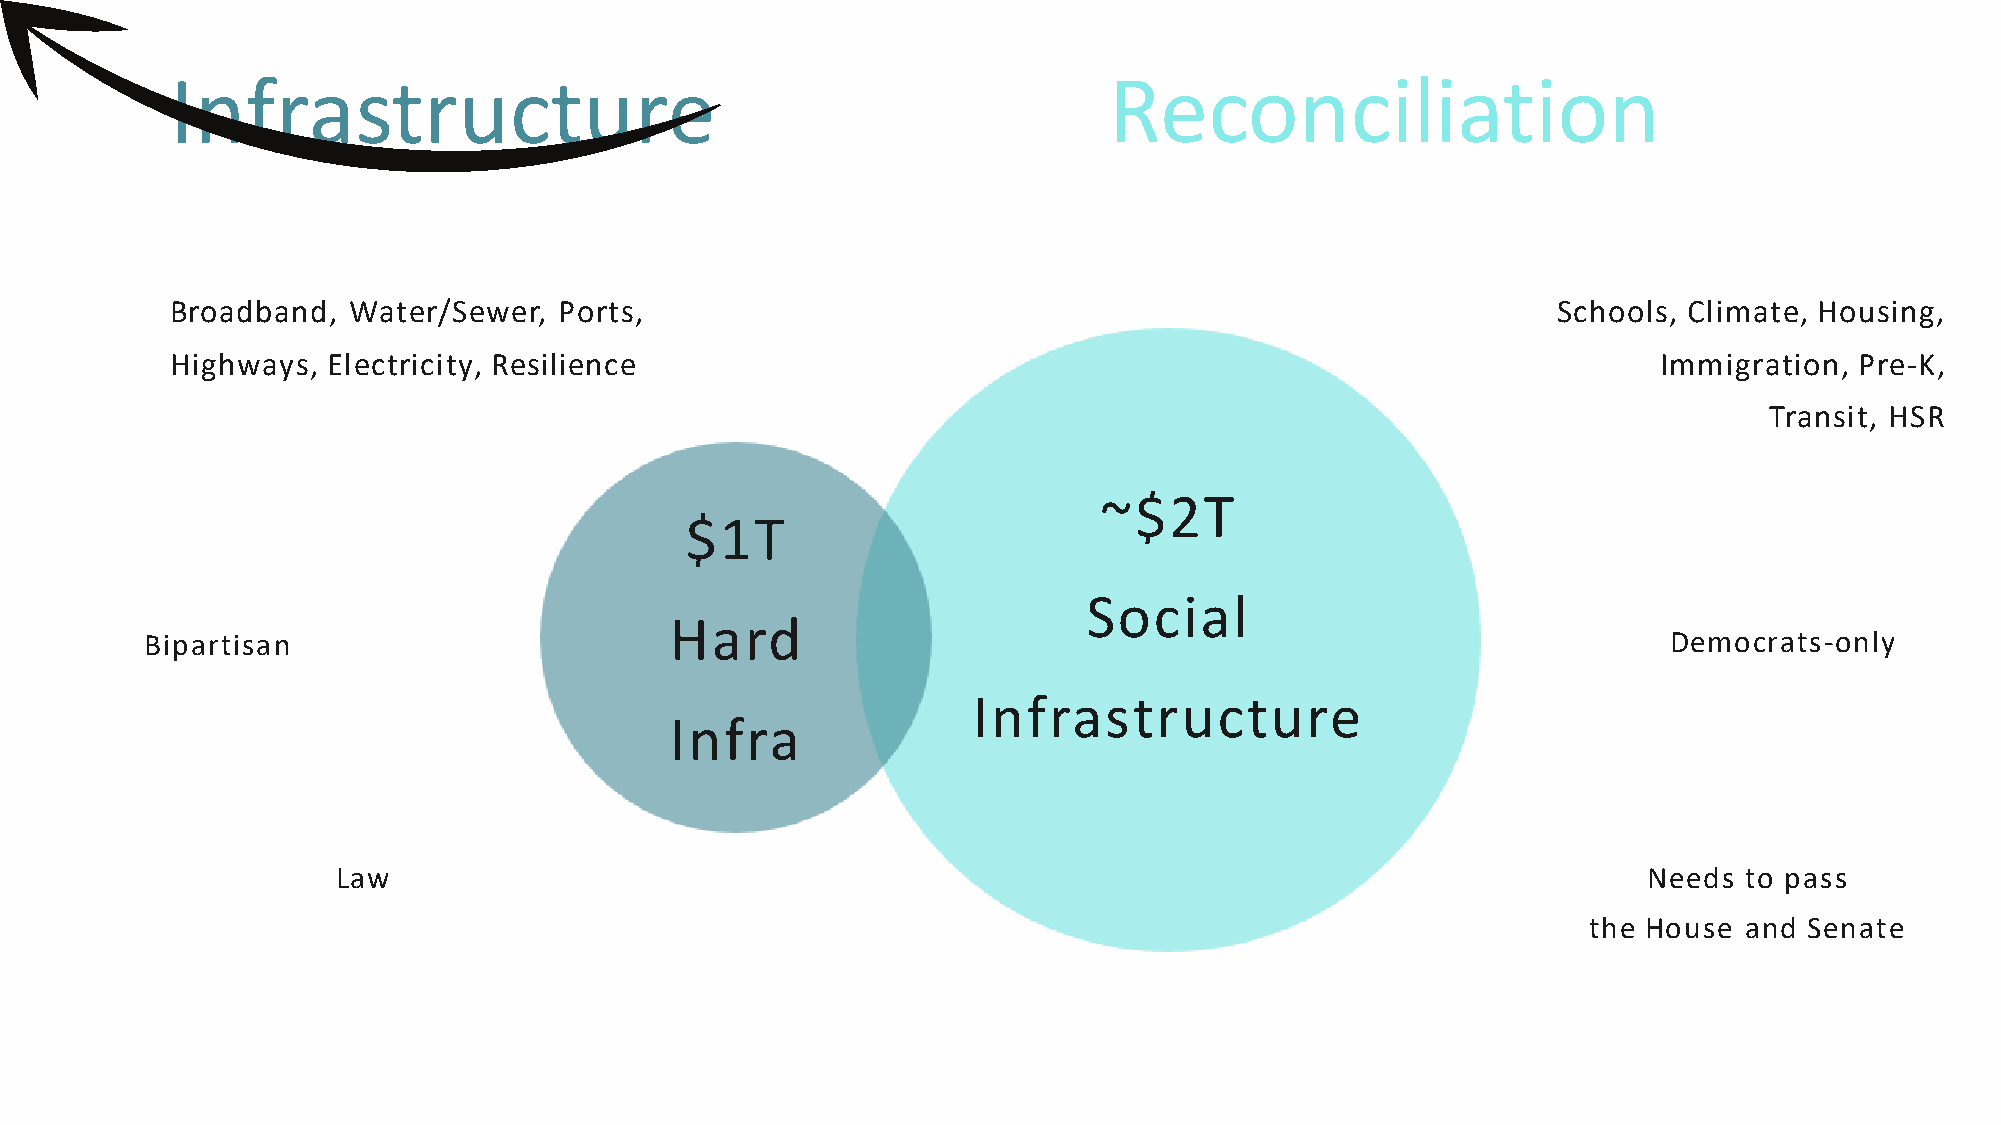
Infrastructure                                                Reconciliation
 Broadband,  Water/Sewer,  Ports,                                                            Schools, Climate, Housing,
 Highways,  Electricity, Resilience                                                                 Immigration, Pre-K,
 Transit, HSR
 ~$2T
 $1T
 Social
 Hard
 Bipartisan                                                                                           Democrats-only
 Infrastructure
 Infra
 Law                                                                                    Needs  to pass
 the House and  Senate